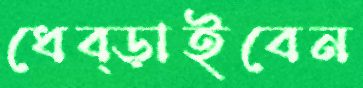
ধেব্‌ড়াইবেন